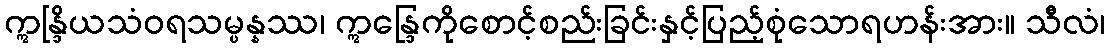
ဣန္ဒြိယသံဝရသမ္ပန္နဿ၊ ဣန္ဒြေကိုစောင့်စည်းခြင်းနှင့်ပြည့်စုံသောရဟန်းအား။ သီလံ၊